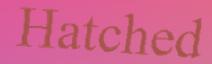
Hatched